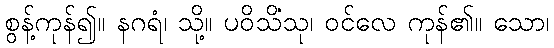
စွန့်ကုန်၍။ နဂရံ၊ သို့။ ပဝိသိံသု၊ ဝင်လေ ကုန်၏။ သော၊